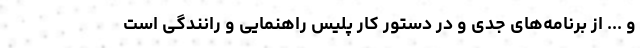
و ... از برنامه‌های جدی و در دستور کار پلیس راهنمایی و رانندگی است